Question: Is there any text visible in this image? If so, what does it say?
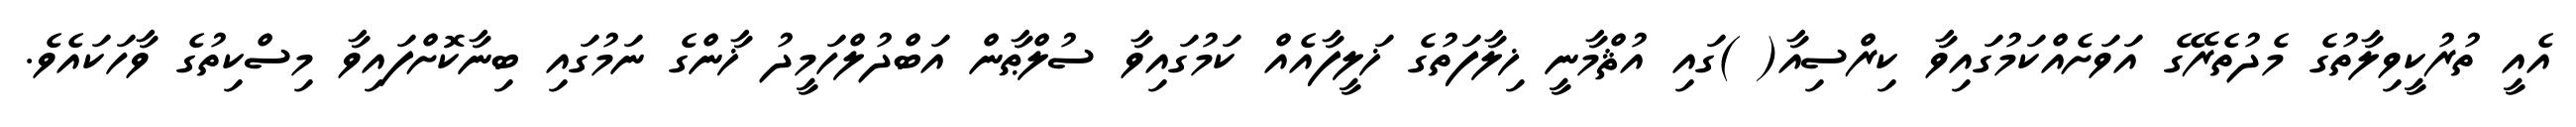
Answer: އެއީ ތުރުކީވިލާތުގެ މެދުތެރޭގެ އަވަށެއްކަމުގައިވާ ކިރްސިއާ( )ގައި އުޘްމާނީ ޚިލާފަތުގެ ޚަލީފާއެއް ކަމުގައިވާ ސުލްޠާން އަބްދުލްހަމީދު ޚާންގެ ނަމުގައި ބިނާކޮށްފައިވާ މިސްކިތުގެ ވާހަކައެވެ.